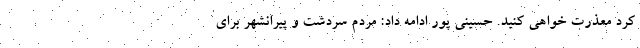
کرد معذرت خواهی کنید. حسینی پور ادامه داد: مردم سردشت و پیرانشهر برای